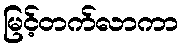
မြင့်တက်လာကာ